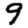
Digit: 9